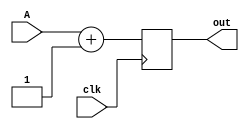
`timescale 1ns / 1ps
//////////////////////////////////////////////////////////////////////////////////
// Company: 
// Engineer: 
// 
// Design Name: 
// Module Name: adder
// Project Name: 
// Target Devices: 
// Tool Versions: 
// Description: 
// 
// Dependencies: 
// 
// Revision:
// Revision 0.01 - File Created
// Additional Comments:
// 
//////////////////////////////////////////////////////////////////////////////////


module adder(
        input  [31:0] A,
        input clk,
        
        output reg [31:0] out
);
    
always @(posedge clk) 
     begin
        out = A + 1;      
     end
endmodule